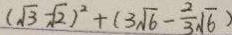
( \sqrt { 3 } - \sqrt { 2 } ) ^ { 2 } + ( 3 \sqrt { 6 } - \frac { 2 } { 3 } \sqrt { 6 } )